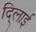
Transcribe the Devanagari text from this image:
दि्लाई